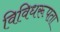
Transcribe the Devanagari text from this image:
विविधरूपता